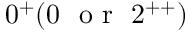
0 ^ { + } ( 0 ~ \mathrm { ~ o ~ r ~ } ~ 2 ^ { + + } )